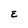
Character: E